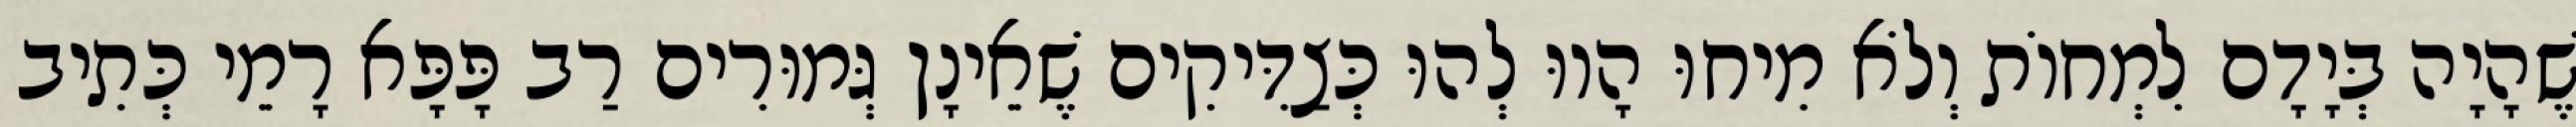
שֶׁהָיָה בְּיָדָם לִמְחוֹת וְלֹא מִיחוּ הָווּ לְהוּ כְּצַדִּיקִים שֶׁאֵינָן גְּמוּרִים רַב פָּפָּא רָמֵי כְּתִיב